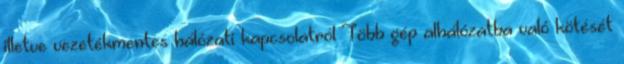
illetve vezetékmentes hálózati kapcsolatról Több gép alhálózatba való kötését